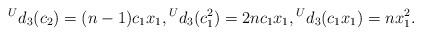
LaTeX: \begin{align*} ^{U}d_{3}(c_2)=(n-1)c_{1}x_1, {^{U}d}_{3}(c_{1}^{2})=2nc_{1}x_1, {^{U}d}_{3}(c_{1}x_1)=nx_1^2. \end{align*}